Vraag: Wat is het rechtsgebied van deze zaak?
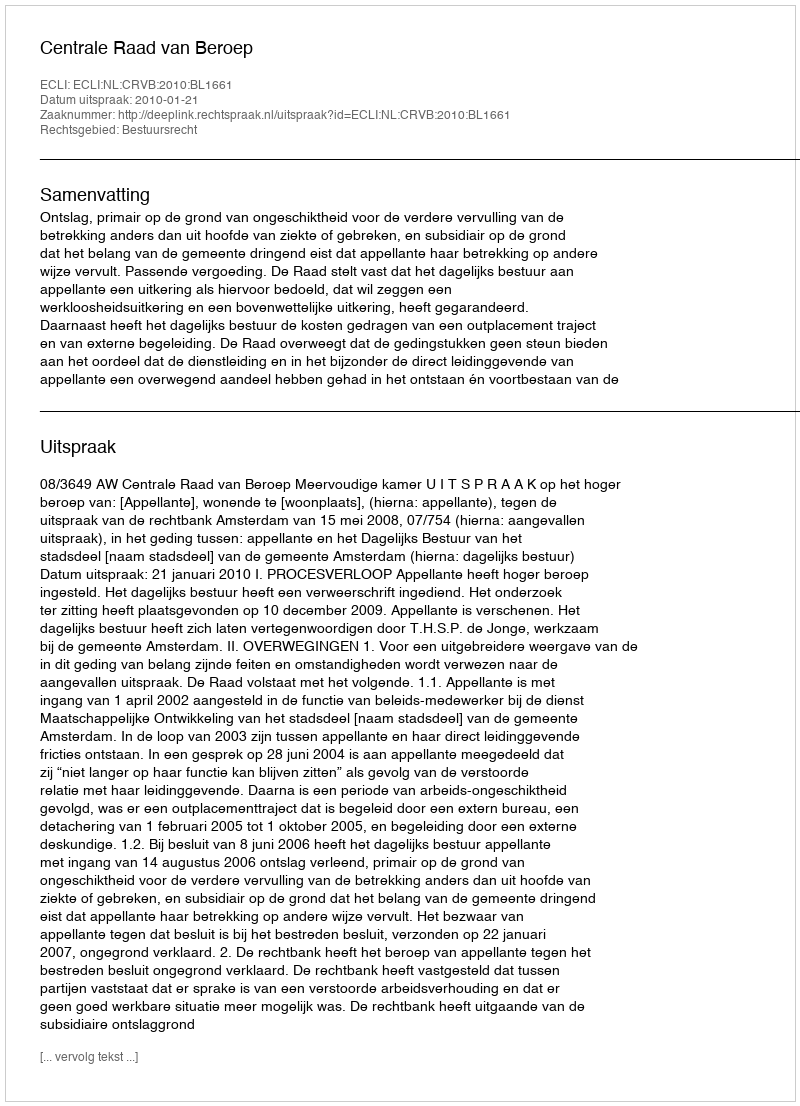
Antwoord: Bestuursrecht